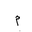
Letter: _mim